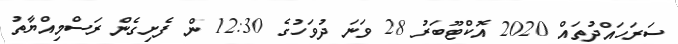
ސަރަހައްދުތައް 2020 އޮކްޓޫބަރު 28 ވަނަ ދުވަހުގެ 12:30 ން ފެށިގެން ރަސްމިއްޔާތު